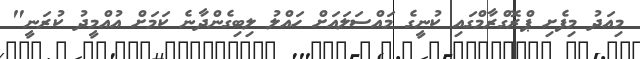
މިއަދު މިފެށި ޕްރޮގްރާމްގައި ކުނީގެ މައްސަލައަށް ހައްލު ލިބިގެންދާނެ ކަމަށް އުއްމީދު ކުރަނީ"